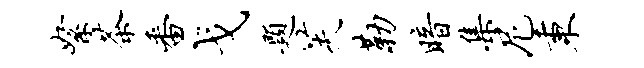
絮茶番戈题芙勒暗集尼秉